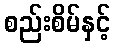
စည်းစိမ်နှင့်